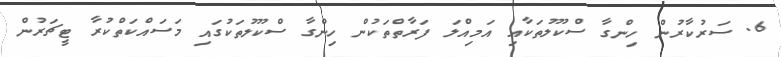
6. ސަރުކާރުން ހިންގާ ސްކޫލުތަކާއި އަމިއްލަ ފަރާތްތަކުން ހިންގާ ސްކޫލުތަކުގައި މަސައްކަތްކުރާ ޓީޗަރުން